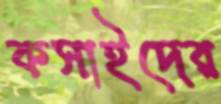
কসাইদের